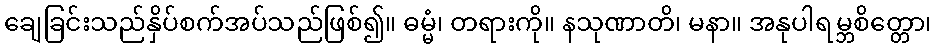
ချေခြင်းသည်နှိပ်စက်အပ်သည်ဖြစ်၍။ ဓမ္မံ၊ တရားကို။ နသုဏာတိ၊ မနာ။ အနုပါရမ္ဘစိတ္တော၊